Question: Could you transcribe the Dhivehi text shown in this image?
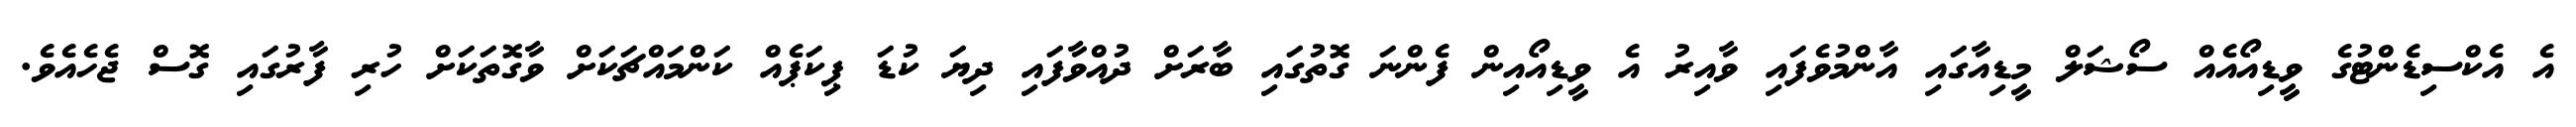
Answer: އެ އެކްސިޑެންޓުގެ ވީޑިއޯއެއް ސޯޝަލް މީޑިއާގައި އާންމުވެފައި ވާއިރު އެ ވީޑިއޯއިން ފެންނަ ގޮތުގައި ބާރަށް ދުއްވާފައި ދިޔަ ކުޑަ ޕިކަޕެއް ކަންމައްޗަކަށް ވާގޮތަކަށް ހުރި ފާރުގައި ގޮސް ޖެހެއެވެ.